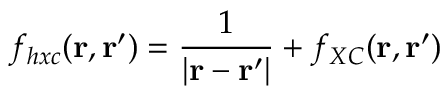
f _ { h x c } ( \mathbf { r } , \mathbf { r } ^ { \prime } ) = \frac { 1 } { | \mathbf { r } - \mathbf { r } ^ { \prime } | } + f _ { X C } ( \mathbf { r } , \mathbf { r } ^ { \prime } )